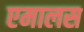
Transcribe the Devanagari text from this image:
एमालस